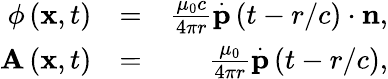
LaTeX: \begin{array}{rlr}{\phi\left(\mathbf{x},t\right)}&{=}&{\frac{\mu_{0}c}{4\pi r}\overset{.}{\mathbf{p}}\left(t-r/c\right)\cdot\mathbf{n},}\\ {\mathbf{A}\left(\mathbf{x},t\right)}&{=}&{\frac{\mu_{0}}{4\pi r}\overset{.}{\mathbf{p}}\left(t-r/c\right),}\end{array}